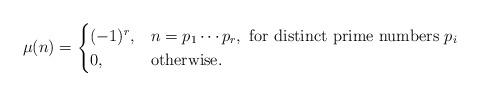
LaTeX: \begin{align*}\mu(n) = \begin{cases}(-1)^r, & n= p_1\cdots p_r, \mbox{ for distinct prime numbers $p_i$}\\0, & \mbox{otherwise.}\end{cases}\end{align*}